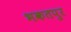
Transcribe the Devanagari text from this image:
भकतपुर